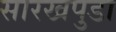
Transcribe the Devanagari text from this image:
सारखपुडा